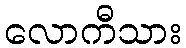
လောကီသား